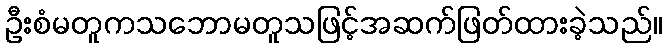
ဦးစံမတူကသဘောမတူသဖြင့်အဆက်ဖြတ်ထားခဲ့သည်။